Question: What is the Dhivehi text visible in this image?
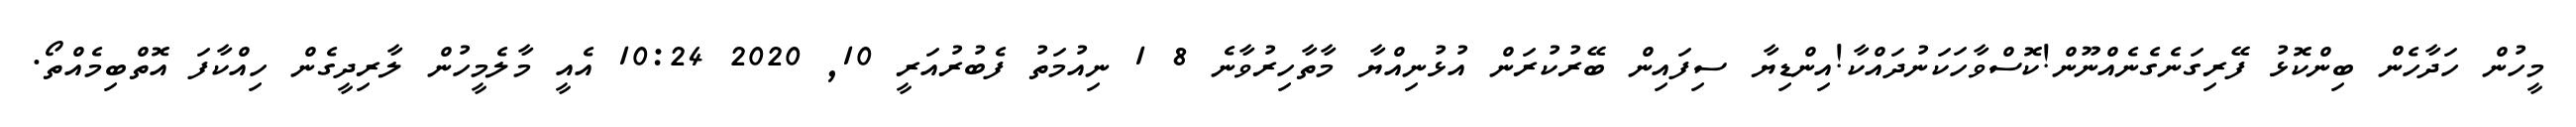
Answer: މީހުން ހަދާހެން ބިންކޮޅު ފޭރިގަނެގެނެއްނޫން!ކޮސްވާހަކަނުދައްކާ!އިންޑިޔާ ސިފައިން ބޭރުކުރަން އުޅުނިއްޔާ މާތާހިރުވާނެ 8 1 ނިއުމަތު ފެބުރުއަރީ 10, 2020 10:24 އެއީ މާލެމީހުން ލާރިދީގެން ހިއްކާފަ އޮތްބިމެއްތޯ.